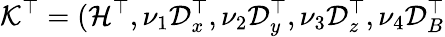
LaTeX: \mathcal{K}^{\top}=({\mathcal{H}}^{\top},\nu_{1}\mathcal{D}_{x}^{\top},\nu_{2}\mathcal{D}_{y}^{\top},\nu_{3}\mathcal{D}_{z}^{\top},\nu_{4}\mathcal{D}_{B}^{\top}